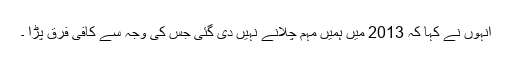
انہوں نے کہا کہ 2013 میں ہمیں مہم چلانے نہیں دی گئی جس کی وجہ سے کافی فرق پڑا ۔